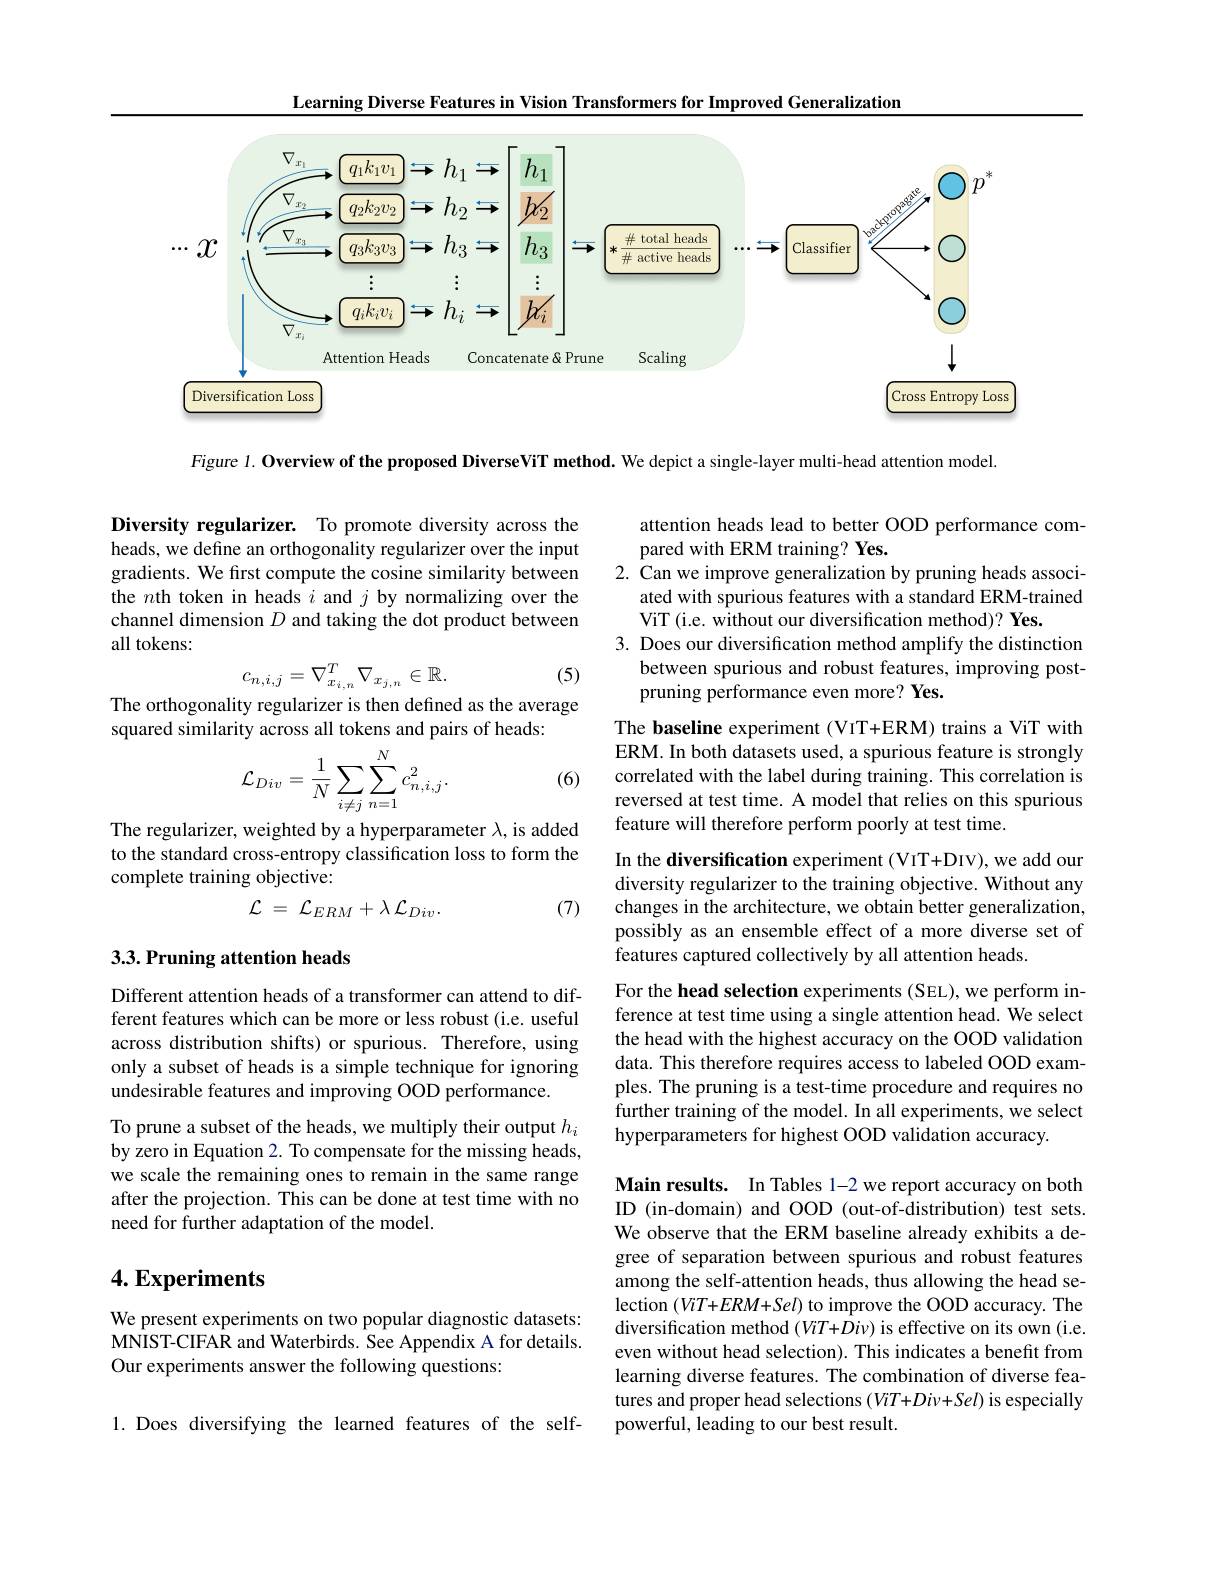
Learning Diverse Features in Vision Transformers for Improved Generalization

<FigureHere>

Figure 1. Overview of the proposed DiverseViT method. We depict a single-layer multi-head attention model

Diversity regularizer. To promote diversity across the heads, we define an orthogonality regularizer over the input gradients. We fırst compute the cosine similarity between the $n$th token in heads $i$ and $j$ by normalizing over the channel dimension $D$ and taking the dot product between all tokens:
$$c_{n,i,j}=\nabla_{x_{i,n}}^T\nabla_{x_{j,n}}\in\mathbb{R}.$$
attention heads lead to better OOD performance com-
pared with ERM training? Yes.
2. Can we improve generalization by pruning heads associ-
ated with spurious features with a standard ERM-trained
ViT (i.e. without our diversification method)? Yes.
3. Does our diversification method amplify the distinction
between spurious and robust features, improving post-
pruning performance even more? Yes.

(5)

The orthogonality regularizer is then defined as the average

squared similarity across all tokens and pairs of heads:

The baseline experiment (VIT+ERM) trains a ViT with ERM. In both datasets used, a spurious feature is strongly correlated with the label during training. This correlation is reversed at test time. A model that relies on this spurious feature will therefore perform poorly at test time.

(6)
$$\mathcal{L}_{Div}=\frac{1}{N}\sum_{i\neq j}\sum_{n=1}^{N}c_{n,i,j}^{2}.$$
The regularizer, weighted by a hyperparameter $\lambda$, is added to the standard cross-entropy classification loss to form the complete training objective:

In the diversification experiment (VIT+DIV), we add our diversity regularizer to the training objective. Without any changes in the architecture, we obtain better generalization, possibly as an ensemble effect of a more diverse set of features captured collectively by all attention heads.

(7)
$$\mathcal{L}\:=\:\mathcal{L}_{ERM}+\lambda\:\mathcal{L}_{Div}.$$
## 3.3. Pruning attention heads

Different attention heads of a transformer can attend to different features which can be more or less robust (i.e. useful across distribution shifts) or spurious. Therefore, using only a subset of heads is a simple technique for ignoring undesirable features and improving OOD performance.

For the head selection experiments (SEL),we perform inference at test time using a single attention head. We select the head with the highest accuracy on the OOD validation data. This therefore requires access to labeled OOD examples. The pruning is a test-time procedure and requires no further training of the model. In all experiments, we select hyperparameters for highest OOD validation accuracy.

To prune a subset of the heads, we multiply their output $h_i$ by zero in Equation 2. To compensate for the missing heads, we scale the remaining ones to remain in the same range after the projection. This can be done at test time with no need for further adaptation of the model.

## $4. \textbf{Experiments}$

Main results. In Tables 1-2 we report accuracy on both ID (in-domain) and OOD (out-of-distribution) test sets. We observe that the ERM baseline already exhibits a degree of separation between spurious and robust features among the self-attention heads, thus allowing the head selection $(ViT+ERM+Sel)$ to improve the OOD accuracy. The diversification method $(ViT+\hat{D}i\nu)$ is effective on its own (i.e. even without head selection). This indicates a benefit from learning diverse features. The combination of diverse features and proper head selections $(ViT+Div+Sel)$ is especially powerful, leading to our best result.

We present experiments on two popular diagnostic datasets: MNIST-CIFAR and Waterbirds. See Appendix A for details. Our experiments answer the following questions:

1.Does diversifying the learned features of the self-